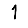
Digit: 1